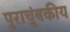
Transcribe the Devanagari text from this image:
पुराचुंबकीय